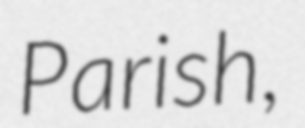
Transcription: Parish,